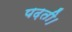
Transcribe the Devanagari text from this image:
पढ़ती।